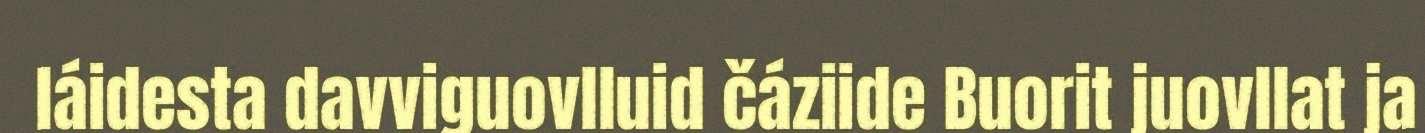
láidesta davviguovlluid čáziide Buorit juovllat ja